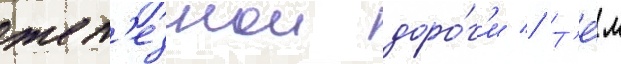
жел'езнои доро́г'и // Т'е́м